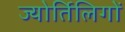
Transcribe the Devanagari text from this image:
ज्योर्तिलिगों